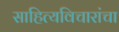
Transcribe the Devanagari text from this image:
साहित्यविचारांचा